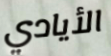
الأيادي